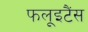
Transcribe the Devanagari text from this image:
फलूइटैंस